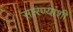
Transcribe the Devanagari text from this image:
सारण्यांशी